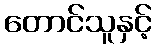
တောင်သူနှင့်